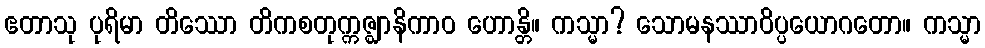
ဧတာသု ပုရိမာ တိဿော တိကစတုက္ကဇ္ဈာနိကာဝ ဟောန္တိ။ ကသ္မာ? သောမနဿာဝိပ္ပယောဂတော။ ကသ္မာ